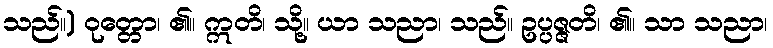
သည်။) ဝုတ္တော၊ ၏။ ဣတိ၊ သို့။ ယာ သညာ၊ သည်။ ဥပ္ပဇ္ဇတိ၊ ၏။ သာ သညာ၊